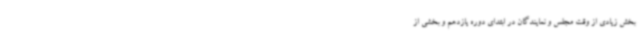
بخش زیادی از وقت مجلس و نمایندگان در ابتدای دوره یازدهم و بخشی از